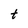
Character: t